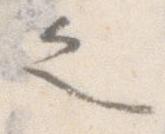
之